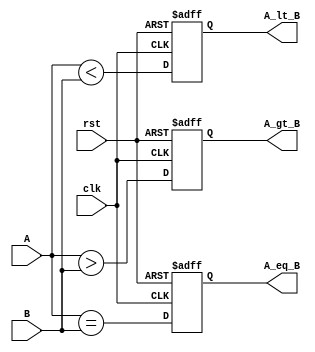
module ParameterizedComparator #(
    parameter WIDTH = 8  // Parameterized width of the inputs
)(
    input  wire [WIDTH-1:0] A,    // Input A
    input  wire [WIDTH-1:0] B,    // Input B
    input  wire clk,               // Clock for synchronous operation
    input  wire rst,               // Reset for synchronous operation
    output reg  A_gt_B,            // A > B
    output reg  A_lt_B,            // A < B
    output reg  A_eq_B             // A == B
);

    // Synchronous operation
    always @(posedge clk or posedge rst) begin
        if (rst) begin
            A_gt_B <= 0;
            A_lt_B <= 0;
            A_eq_B <= 0;
        end else begin
            // Comparison logic
            A_gt_B <= (A > B);
            A_lt_B <= (A < B);
            A_eq_B <= (A == B);
        end
    end

endmodule